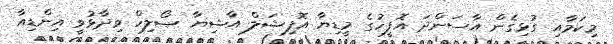
މިކަމާއި ގުޅިގެން އާސަންދަ އޮފީހުގެ މީޑިޔާ އޮފިޝަލް އާޝިޔާ ޞޯލިހް ވިދާޅުވީ އިންޑިއާ